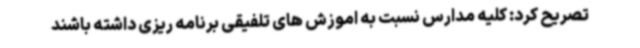
تصریح کرد: کلیه مدارس نسبت به اموزش های تلفیقی برنامه ریزی داشته باشند